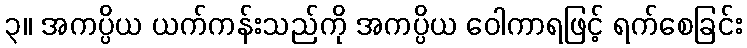
၃။ အကပ္ပိယ ယက်ကန်းသည်ကို အကပ္ပိယ ဝေါကာရဖြင့် ရက်စေခြင်း